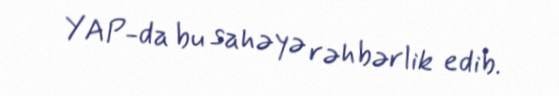
YAP-da bu sahəyə rəhbərlik edib.